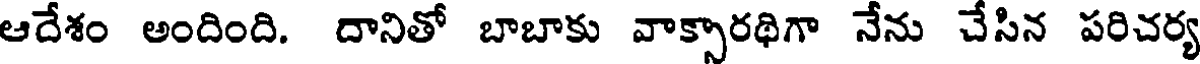
ఆదేశం అందింది. దానితో బాబాకు వాక్సారథిగా నేను చేసిన పరిచర్య